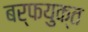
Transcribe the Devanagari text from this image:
बर्फयुक्त